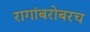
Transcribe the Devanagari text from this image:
रागांबरोबरच